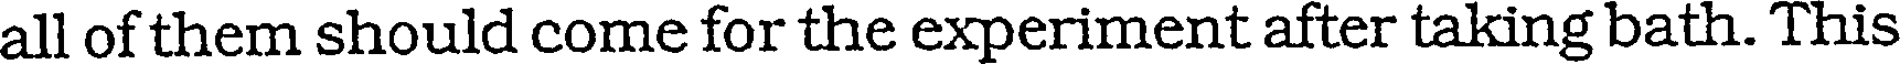
all of them should come for the experiment after taking bath. This